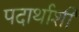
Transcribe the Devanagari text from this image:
पदार्थाशी